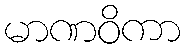
မာဏဝိကာ